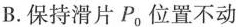
B.保持滑片P_{0}位置不动